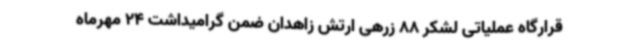
قرارگاه عملیاتی لشکر 88 زرهی ارتش زاهدان ضمن گرامیداشت 24 مهرماه